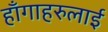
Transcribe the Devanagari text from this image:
हाँगाहरुलाई